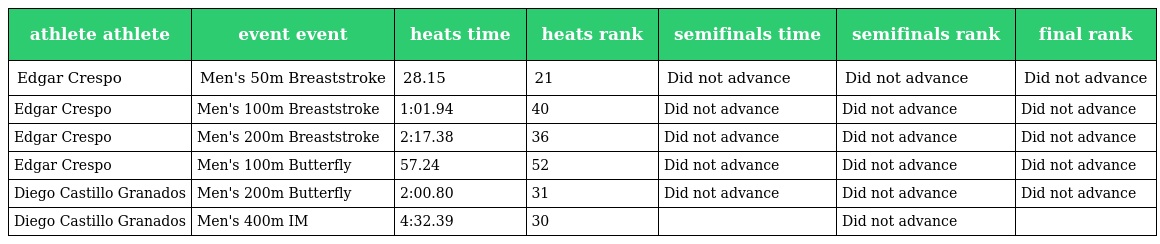
| athlete athlete | event event | heats time | heats rank | semifinals time | semifinals rank | final rank |
 | --- | --- | --- | --- | --- | --- | --- |
 | Edgar Crespo | Men's 50m Breaststroke | 28.15 | 21 | Did not advance | Did not advance | Did not advance |
 | Edgar Crespo | Men's 100m Breaststroke | 1:01.94 | 40 | Did not advance | Did not advance | Did not advance |
 | Edgar Crespo | Men's 200m Breaststroke | 2:17.38 | 36 | Did not advance | Did not advance | Did not advance |
 | Edgar Crespo | Men's 100m Butterfly | 57.24 | 52 | Did not advance | Did not advance | Did not advance |
 | Diego Castillo Granados | Men's 200m Butterfly | 2:00.80 | 31 | Did not advance | Did not advance | Did not advance |
 | Diego Castillo Granados | Men's 400m IM | 4:32.39 | 30 |  | Did not advance |  |